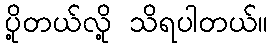
ပို့တယ်လို့ သိရပါတယ်။